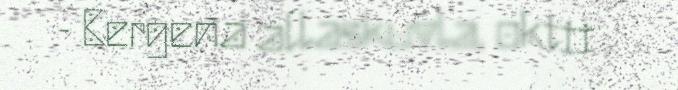
- Bergena allaskuvla, oktii